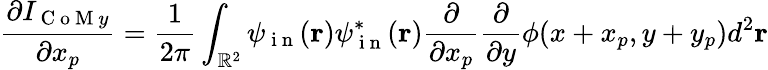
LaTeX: \frac{\partial I_{\mathrm{~C~o~M~}y}}{\partial x_{p}}=\frac{1}{2\pi}\int_{\mathbb{R}^{2}}\psi_{\mathrm{~i~n~}}(\mathbf{r})\psi_{\mathrm{~i~n~}}^{*}(\mathbf{r})\frac{\partial}{\partial x_{p}}\frac{\partial}{\partial y}\phi(x+x_{p},y+y_{p})d^{2}\mathbf{r}